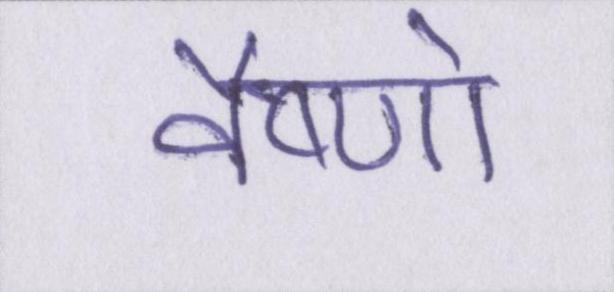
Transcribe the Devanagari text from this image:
वैष्णो